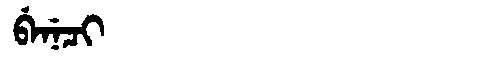
Manchu: ᠪᡝᠨᡝᠴᡳ
Romanization: BENECI